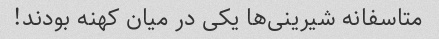
متاسفانه شیرینی‌ها یکی در میان کهنه بودند!